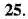
25.